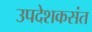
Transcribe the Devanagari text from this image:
उपदेशकसंत